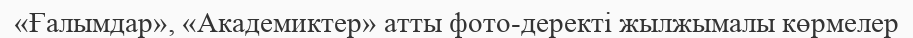
«Ғалымдар», «Академиктер» атты фото-деректі жылжымалы көрмелер